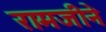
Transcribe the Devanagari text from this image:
रामजीने